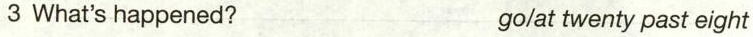
3 What's happened? go/at twenty past eight